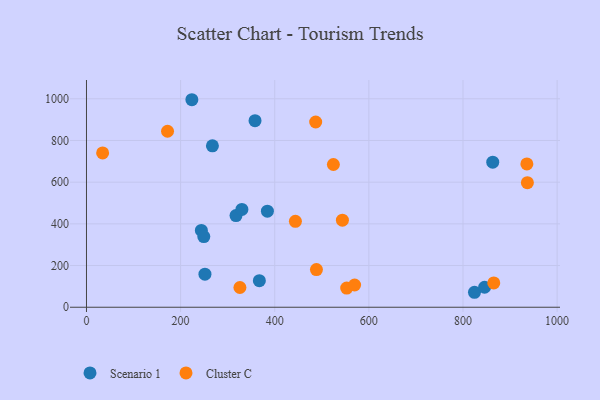
{"axis": {"x": "Distance", "y": "Fuel Efficiency"}, "legend": ["Cluster C", "Scenario 1"], "data": [{"x": "317.7", "y": 439.6, "type": "Scenario 1"}, {"x": "330.2", "y": 469.2, "type": "Scenario 1"}, {"x": "223.9", "y": 995.4, "type": "Scenario 1"}, {"x": "824.4", "y": 71.8, "type": "Scenario 1"}, {"x": "244.1", "y": 368.7, "type": "Scenario 1"}, {"x": "358.1", "y": 895.1, "type": "Scenario 1"}, {"x": "863.2", "y": 696.0, "type": "Scenario 1"}, {"x": "845.9", "y": 95.8, "type": "Scenario 1"}, {"x": "267.6", "y": 774.3, "type": "Scenario 1"}, {"x": "251.7", "y": 158.4, "type": "Scenario 1"}, {"x": "367.3", "y": 127.3, "type": "Scenario 1"}, {"x": "249.3", "y": 338.8, "type": "Scenario 1"}, {"x": "384.4", "y": 460.9, "type": "Scenario 1"}, {"x": "172.2", "y": 844.1, "type": "Cluster C"}, {"x": "936.8", "y": 597.3, "type": "Cluster C"}, {"x": "326.0", "y": 94.8, "type": "Cluster C"}, {"x": "34.3", "y": 740.1, "type": "Cluster C"}, {"x": "865.4", "y": 116.6, "type": "Cluster C"}, {"x": "552.9", "y": 92.1, "type": "Cluster C"}, {"x": "569.7", "y": 106.6, "type": "Cluster C"}, {"x": "524.6", "y": 684.7, "type": "Cluster C"}, {"x": "935.7", "y": 687.3, "type": "Cluster C"}, {"x": "543.8", "y": 417.5, "type": "Cluster C"}, {"x": "487.0", "y": 888.5, "type": "Cluster C"}, {"x": "488.6", "y": 180.8, "type": "Cluster C"}, {"x": "443.9", "y": 412.0, "type": "Cluster C"}]}